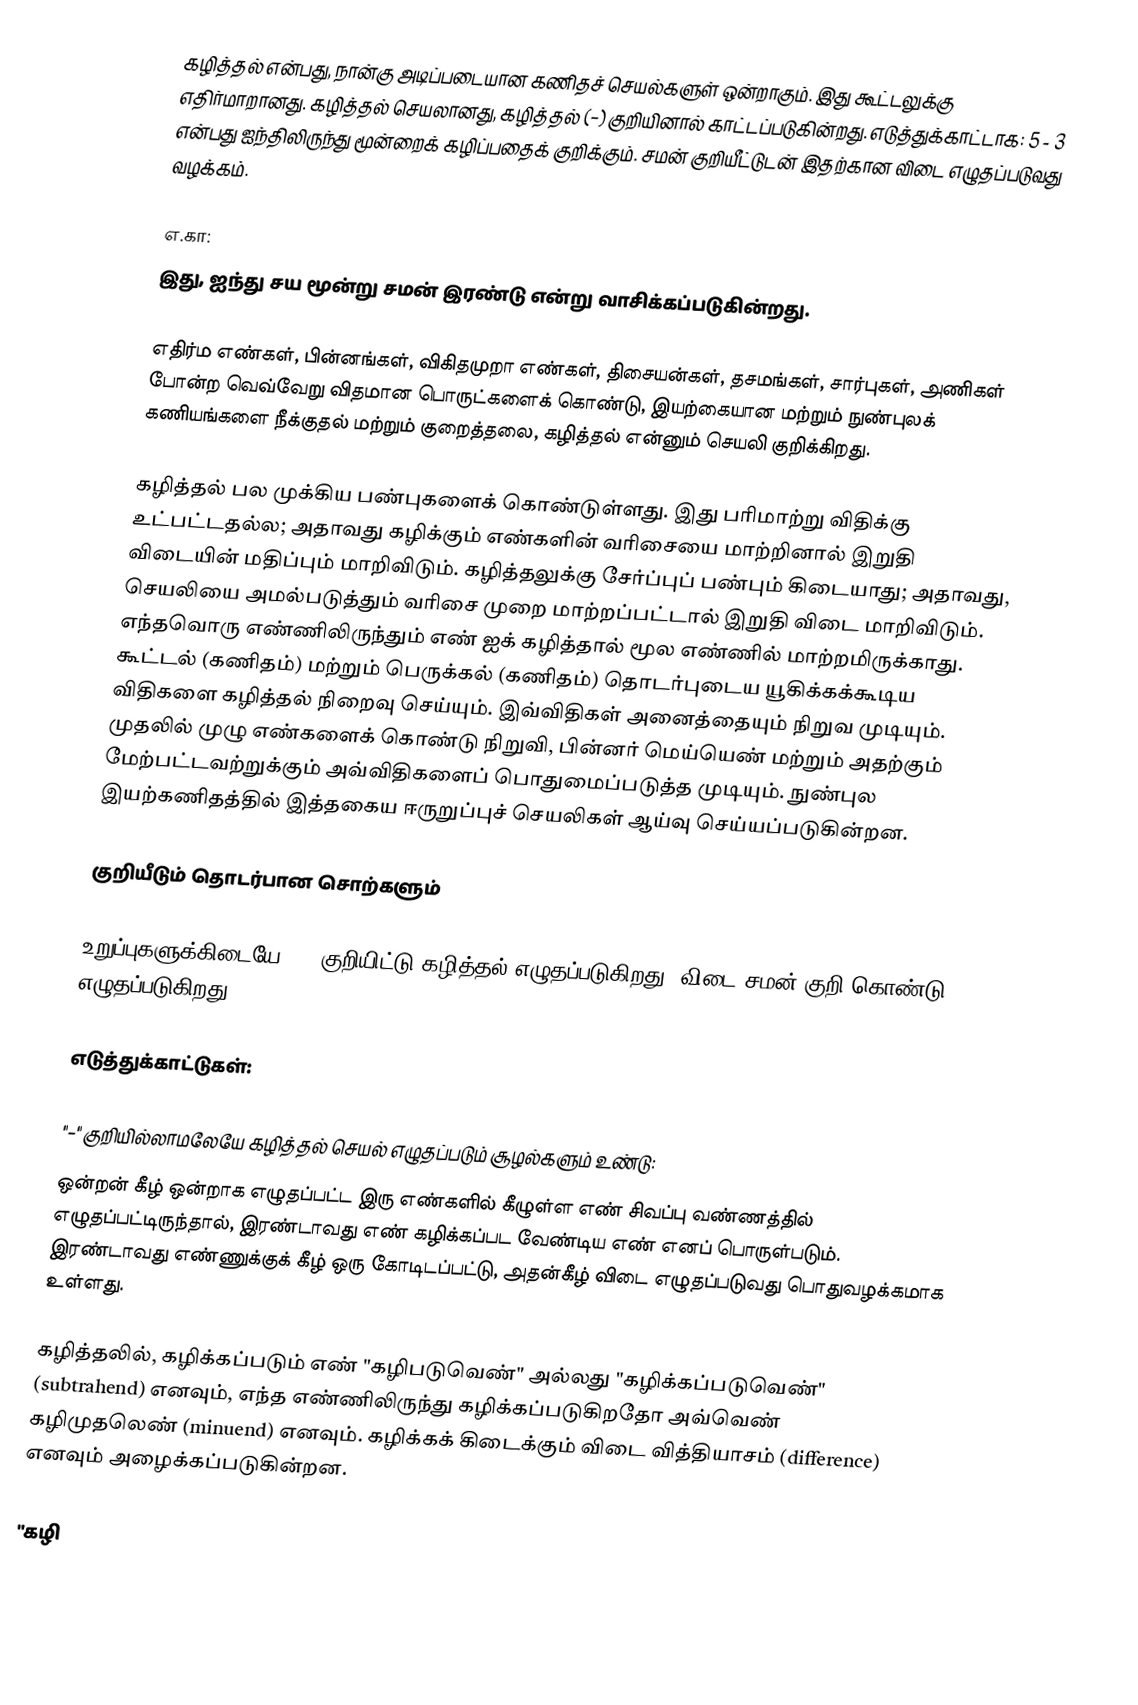
கழித்தல் என்பது, நான்கு அடிப்படையான கணிதச் செயல்களுள் ஒன்றாகும். இது கூட்டலுக்கு எதிர்மாறானது. கழித்தல் செயலானது, கழித்தல் (−) குறியினால் காட்டப்படுகின்றது. எடுத்துக்காட்டாக: 5 - 3 என்பது ஐந்திலிருந்து மூன்றைக் கழிப்பதைக் குறிக்கும். சமன் குறியீட்டுடன் இதற்கான விடை எழுதப்படுவது வழக்கம்.

எ.கா:
 இது, ஐந்து சய மூன்று சமன் இரண்டு என்று வாசிக்கப்படுகின்றது.

எதிர்ம எண்கள், பின்னங்கள், விகிதமுறா எண்கள், திசையன்கள், தசமங்கள், சார்புகள், அணிகள் போன்ற வெவ்வேறு விதமான பொருட்களைக் கொண்டு, இயற்கையான மற்றும் நுண்புலக் கணியங்களை நீக்குதல் மற்றும் குறைத்தலை, கழித்தல் என்னும் செயலி குறிக்கிறது.

கழித்தல் பல முக்கிய பண்புகளைக் கொண்டுள்ளது. இது பரிமாற்று விதிக்கு உட்பட்டதல்ல; அதாவது கழிக்கும் எண்களின் வரிசையை மாற்றினால் இறுதி விடையின் மதிப்பும் மாறிவிடும். கழித்தலுக்கு  சேர்ப்புப் பண்பும் கிடையாது; அதாவது, செயலியை அமல்படுத்தும் வரிசை முறை மாற்றப்பட்டால் இறுதி விடை மாறிவிடும். எந்தவொரு எண்ணிலிருந்தும் எண்  ஐக் கழித்தால் மூல எண்ணில் மாற்றமிருக்காது. கூட்டல் (கணிதம்) மற்றும் பெருக்கல் (கணிதம்) தொடர்புடைய யூகிக்கக்கூடிய விதிகளை கழித்தல் நிறைவு செய்யும். இவ்விதிகள் அனைத்தையும் நிறுவ முடியும். முதலில் முழு எண்களைக் கொண்டு நிறுவி, பின்னர் மெய்யெண் மற்றும் அதற்கும் மேற்பட்டவற்றுக்கும் அவ்விதிகளைப் பொதுமைப்படுத்த முடியும். நுண்புல இயற்கணிதத்தில் இத்தகைய ஈருறுப்புச் செயலிகள் ஆய்வு செய்யப்படுகின்றன.

குறியீடும் தொடர்பான சொற்களும்

உறுப்புகளுக்கிடையே "−" குறியிட்டு கழித்தல் எழுதப்படுகிறது. விடை சமன் குறி கொண்டு எழுதப்படுகிறது.

எடுத்துக்காட்டுகள்:

"−" குறியில்லாமலேயே கழித்தல் செயல் எழுதப்படும் சூழல்களும் உண்டு:
 ஒன்றன் கீழ் ஒன்றாக எழுதப்பட்ட இரு எண்களில் கீழுள்ள எண் சிவப்பு வண்ணத்தில் எழுதப்பட்டிருந்தால், இரண்டாவது எண் கழிக்கப்பட வேண்டிய எண் எனப் பொருள்படும். இரண்டாவது எண்ணுக்குக் கீழ் ஒரு கோடிடப்பட்டு, அதன்கீழ் விடை எழுதப்படுவது பொதுவழக்கமாக உள்ளது.

கழித்தலில், கழிக்கப்படும் எண் "கழிபடுவெண்" அல்லது "கழிக்கப்படுவெண்"  (subtrahend) எனவும், எந்த எண்ணிலிருந்து கழிக்கப்படுகிறதோ அவ்வெண் கழிமுதலெண் (minuend) எனவும். கழிக்கக் கிடைக்கும் விடை வித்தியாசம் (difference) எனவும் அழைக்கப்படுகின்றன.

"கழி